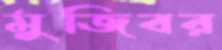
মুজিবর